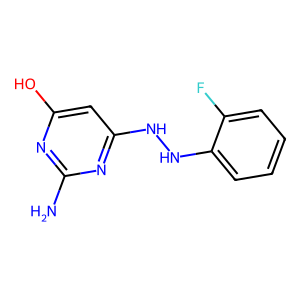
SMILES: Nc1nc(O)cc(NNc2ccccc2F)n1
Inhibits HIV replication: No